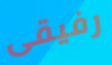
رفيقى